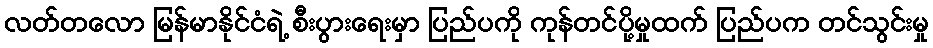
လတ်တလော မြန်မာနိုင်ငံရဲ့ စီးပွားရေးမှာ ပြည်ပကို ကုန်တင်ပို့မှုထက် ပြည်ပက တင်သွင်းမှု